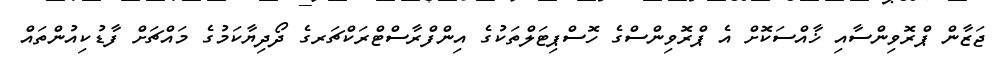
ޖަޒާން ޕްރޮވިންސާއި ޚާއްސަކޮށް އެ ޕްރޮވިންސްގެ ހޮސްޕިޓަލްތަކުގެ އިންފްރާސްޓްރަކްޗަރގެ ދޯދިޔާކަމުގެ މައްޗަށް ފާޑުކިއުންތައް